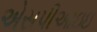
એસપીઆઇઇ